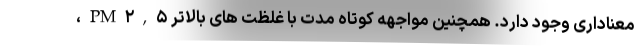
معناداری وجود دارد. همچنین مواجهه کوتاه مدت با غلظت های بالاتر PM۲,۵،